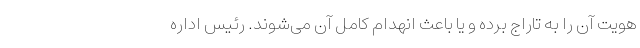
هویت آن را به تاراج برده و یا باعث انهدام کامل آن می‌شوند. رئیس اداره